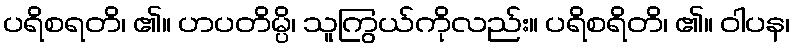
ပရိစရတိ၊ ၏။ ဟပတိမ္ပိ၊ သူကြွယ်ကိုလည်း။ ပရိစရိတိ၊ ၏။ ဝါပန၊